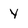
Character: Y